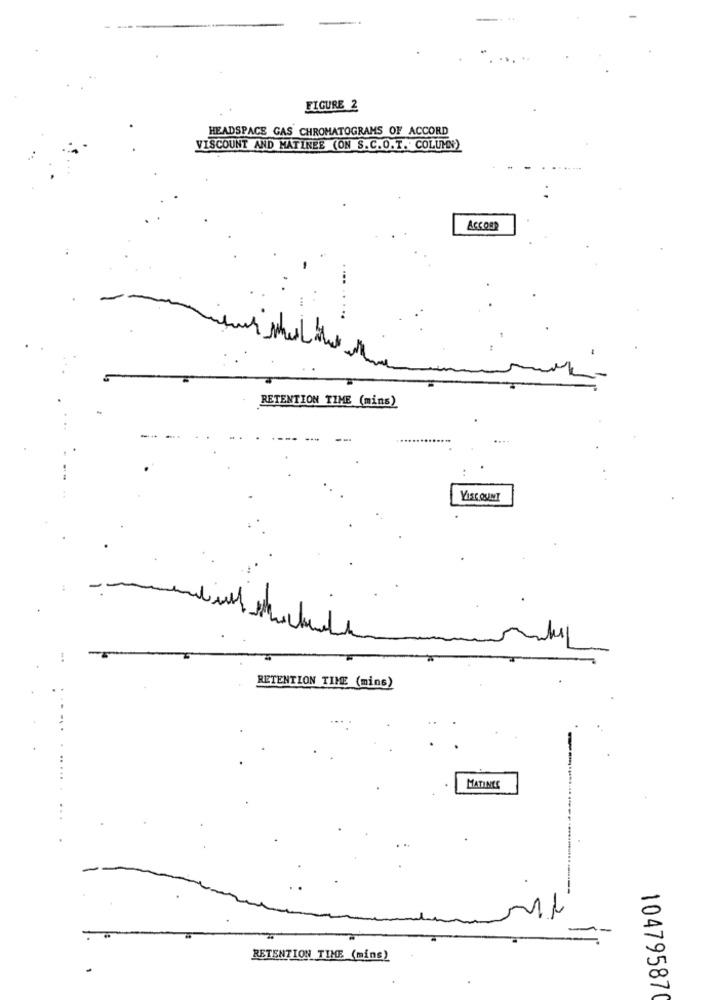
FIGURE 2
HEADSPACE GAS CHROMATOGRAMS OF ACCORD
VISCOUNT AND MATINEE (ON S.C.O.T. COLUMN)
Accon
RETENTION TIME (mins)
VISCOUNT
RETENTION TIME (mins)
MATINEE
-
RETENTION TIME (mins)
10479587